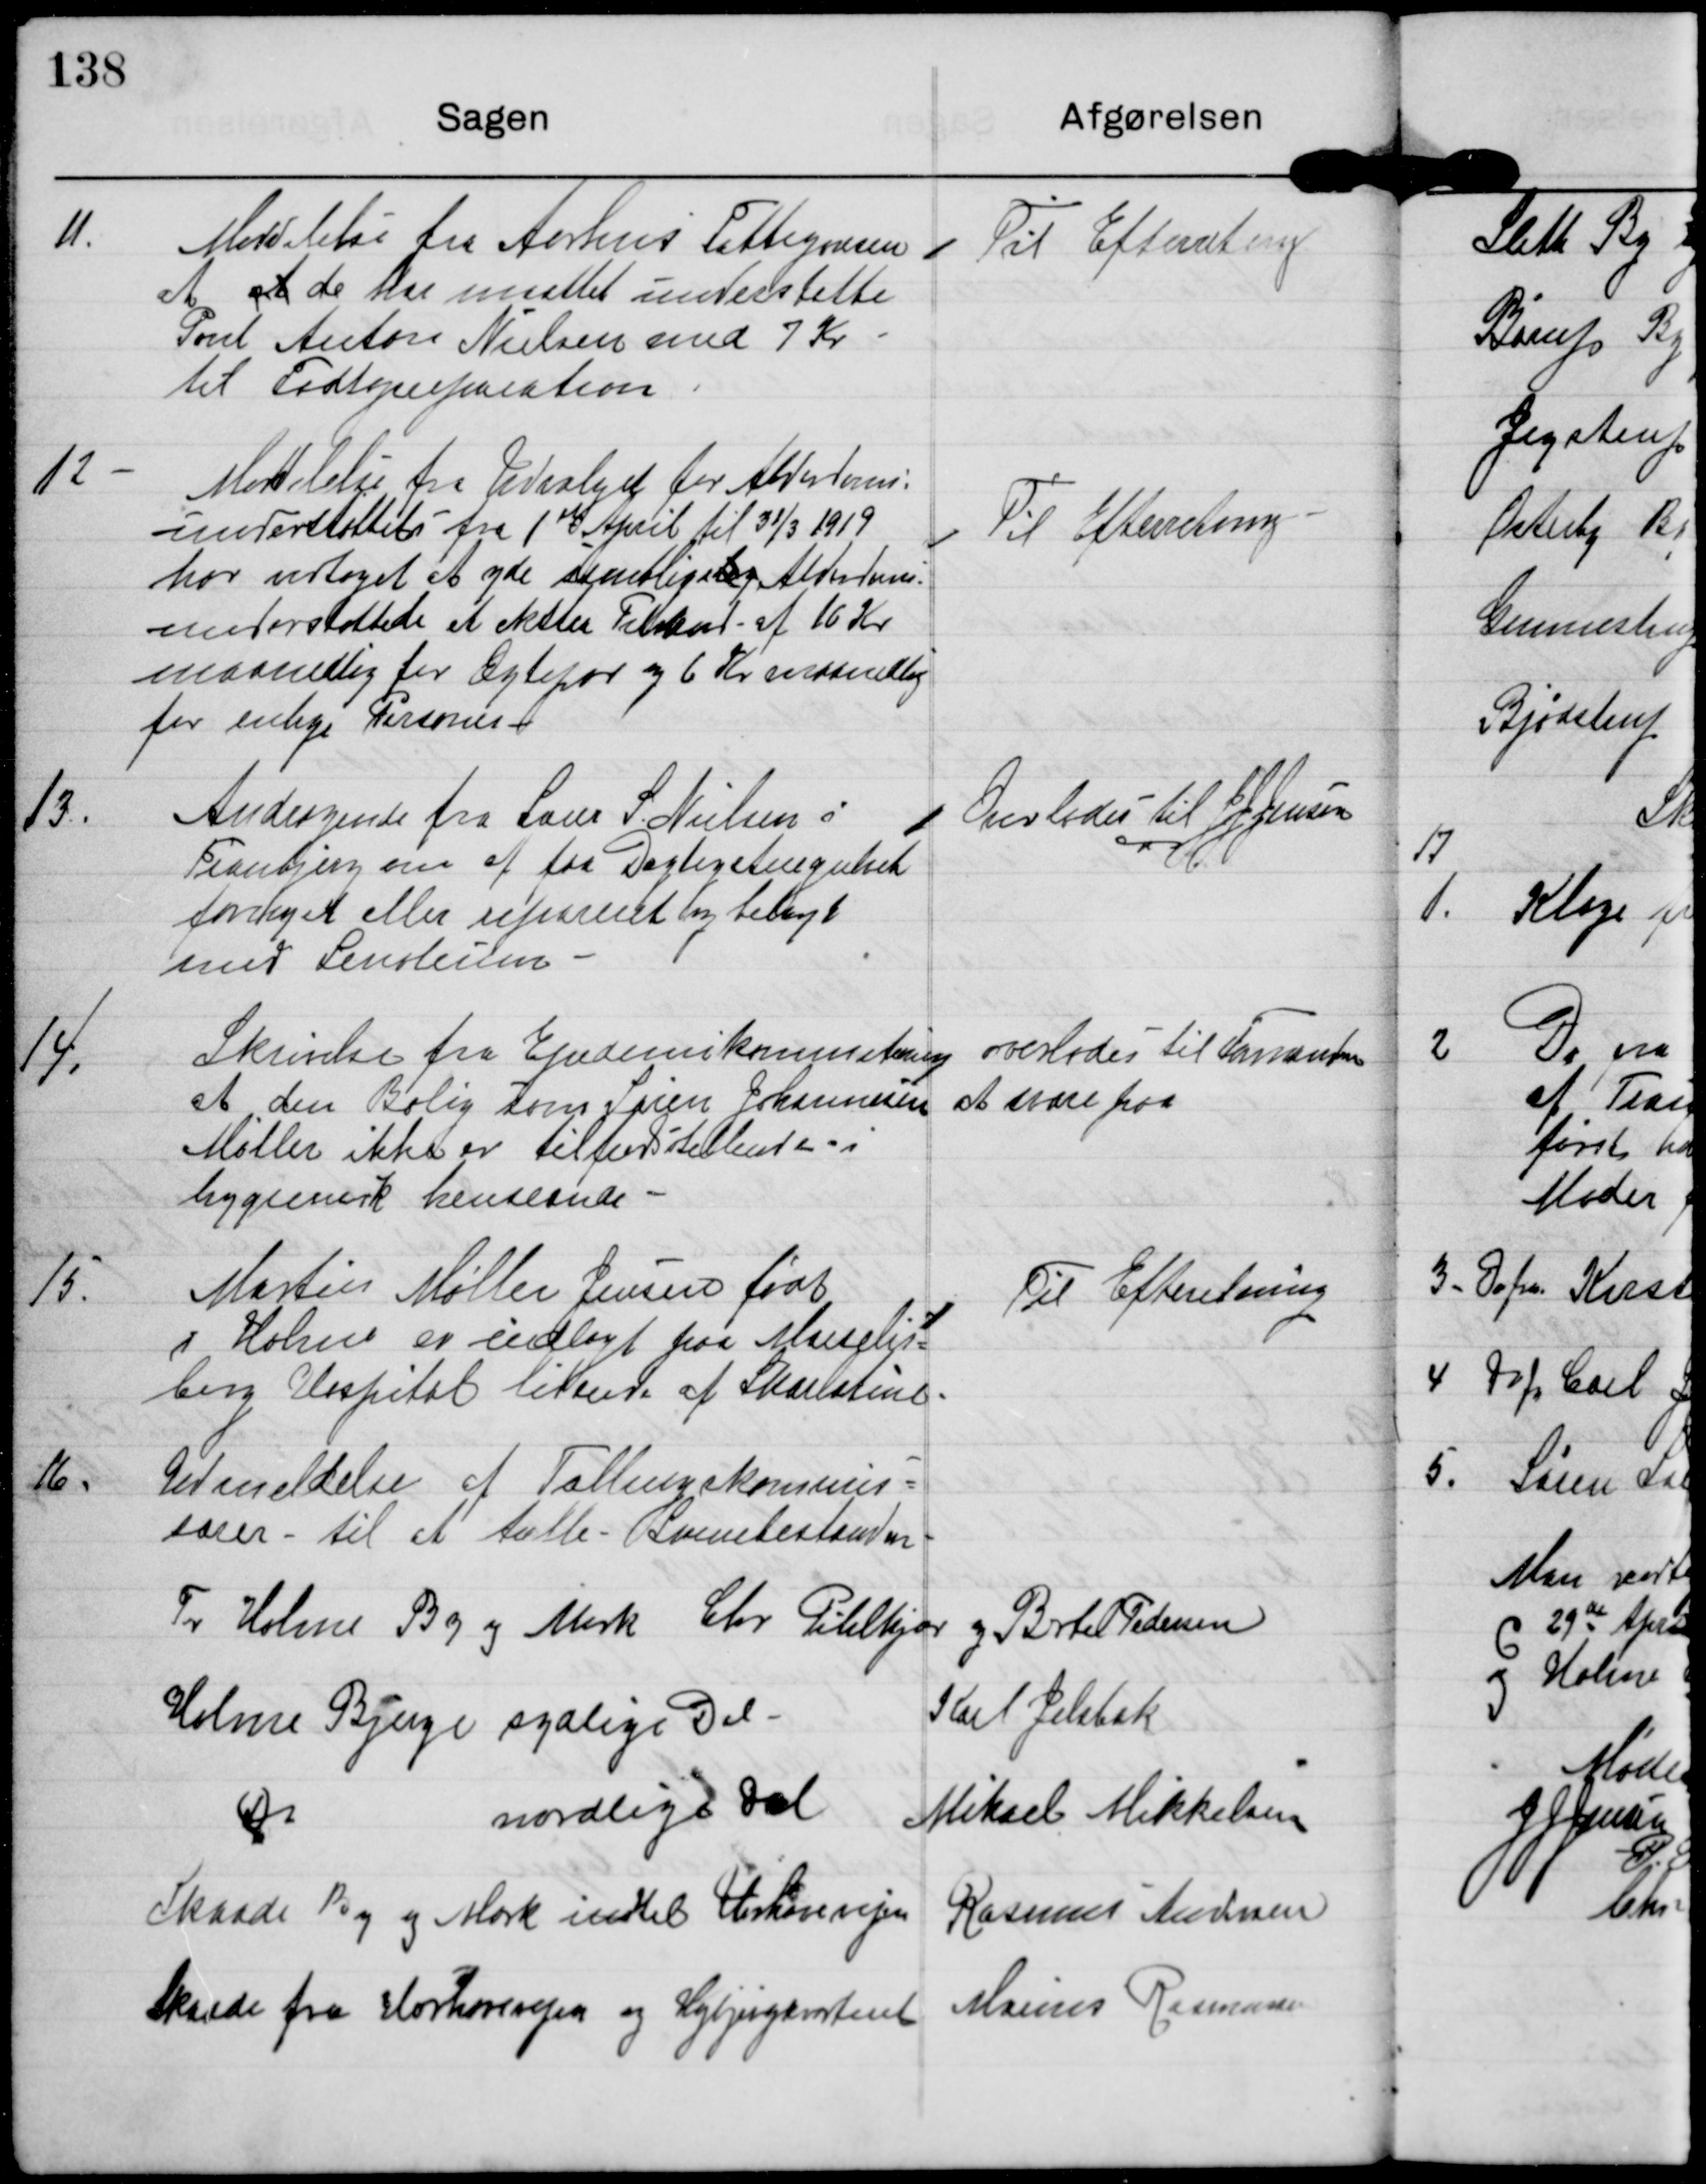
Transskription:
11.

Meddelelse fra Aarhus Fattigvæsen
at at de har maattet understøtte
Poul Anton Nielsen med 7 kr
til Fodtøjsreparation

Til Efterretning

12

Meddelelse fra Udvalget for Alderdoms-
understøttelse fra 1ste April til 31/3 1919
ar vedtaget at yde samtlige bg Alderdoms-
understøttede et ekstra Tilskud af 16 kr
maanedlig for Ægtepar og 6 Kr maanedlig
for enlige Personer

Til Efterretning

13.

Andragende fra Lærer S. Nielsen i
Tranbjerg om at faa Dagligstuegulvet
fornyet eller repareret og belagt
med Lenoleum.

Overlades til JJ Jensen

14.

Skrivelse fra Ejendomskommiteen
at den Bolig som Søren Johannesen
Møller ikke er tilfredsstillende i
hygienesk henseende.

overlades til Formanden
at svare paa.

15.

Martin Møller Jensen født
i Holme er indlagt paa Marselis-
borg Hospital lidende af Skarlatine.

Til Efterretning

16.

Udmeldelse af Tællingskommis-
særer til at tælle Svinebestanden

For Holme By og Mark Chr. Pihlkjær og Bertel Pedersen

Holme Bjerge sydlige Del
Karl Jelsbak

Do nordlige del
Mikael Mikkelsen

Skaade By og Mark indtil Hørhavevejen
Rasmus Andersen

Skaade fra Hørhavevejen og Højbjergkvarteret
Marius Rasmussen